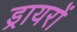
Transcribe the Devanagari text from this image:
ड्रायरों